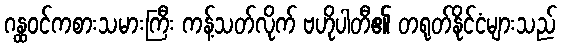
ဂန္ထဝင်ကစားသမားကြီး ကန့်သတ်လိုက် ဗဟိုပါတီ၏ တရုတ်နိုင်ငံများသည်